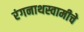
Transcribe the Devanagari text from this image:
रंगनाथस्वामीचे